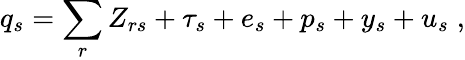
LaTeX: q_{s}=\sum_{r}Z_{rs}+\tau_{s}+e_{s}+p_{s}+y_{s}+u_{s}\; ,